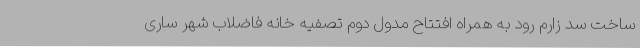
ساخت سد زارم رود به همراه افتتاح مدول دوم تصفیه خانه فاضلاب شهر ساری